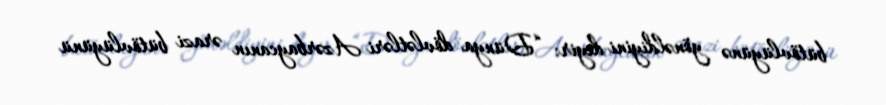
bütövlüyünə yönəldiyini deyir: “Dünya dövlətləri Azərbaycanın ərazi bütövlüyünü